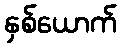
နှစ်ယောက်